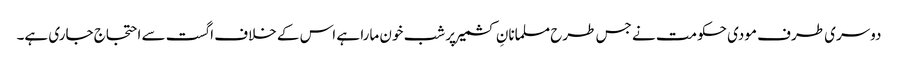
دوسری طرف مودی حکومت نے جس طرح مسلمانانِ کشمیر پر شب خون مارا ہے اس کے خلاف اگست سے احتجاج جاری ہے۔